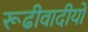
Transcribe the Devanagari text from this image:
रूढीवादीयों